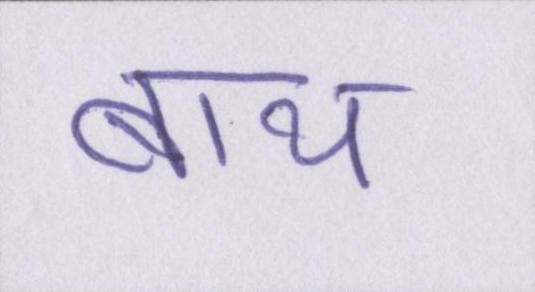
बाथ